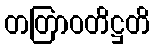
တတြာဝတိဋ္ဌတိ